Indian journal of veterinary science and animal husbandry - Volume 2,
Year: 1932
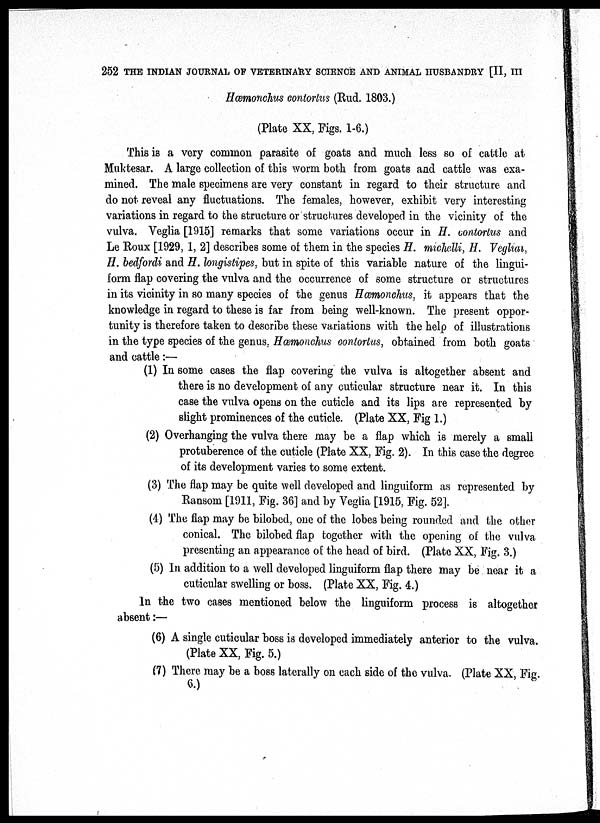
252 THE INDIAN JOURNAL OF VETERINARY SCIENCE AND ANIMAL HUSBANDRY [II, III
Hæmonchus contortus (Rud. 1803.)
(Plate XX, Figs. 1-6.)
This is a very common parasite of goats and much less so of cattle at
Muktesar. A large collection of this worm both from goats and cattle was exa-
mined. The male specimens are very constant in regard to their structure and
do not reveal any fluctuations. The females, however, exhibit very interesting
variations in regard to the structure or structures developed in the vicinity of the
vulva. Veglia [1915] remarks that some variations occur in H. contortus and
Le Roux [1929, 1, 2] describes some of them in the species H. michelli, H. Vegliai,
H. bedfordi and H. longistipes, but in spite of this variable nature of the lingui-
form flap covering the vulva and the occurrence of some structure or structures
in its vicinity in so many species of the genus Hæmonchus, it appears that the
knowledge in regard to these is far from being well-known. The present oppor-
tunity is therefore taken to describe these variations with the help of illustrations
in the type species of the genus, Hæmonchus contortus, obtained from both goats
and cattle :—
(1) In some cases the flap covering the vulva is altogether absent and
there is no development of any cuticular structure near it. In this
case the vulva opens on the cuticle and its lips are represented by
slight prominences of the cuticle. (Plate XX, Fig 1.)
(2) Overhanging the vulva there may be a flap which is merely a small
protuberence of the cuticle (Plate XX, Fig. 2). In this case the degree
of its development varies to some extent.
(3) The flap may be quite well developed and linguiform as represented by
Ransom [1911, Fig. 36] and by Veglia [1915, Fig. 52].
(4) The flap may be bilobed, one of the lobes being rounded and the other
conical. The bilobed flap together with the opening of the vulva
presenting an appearance of the head of bird. (Plate XX, Fig. 3.)
(5) In addition to a well developed linguiform flap there may be near it a
cuticular swelling or boss. (Plate XX, Fig. 4.)
In the two cases mentioned below the linguiform process is altogether
absent:—
(6) A single cuticular boss is developed immediately anterior to the vulva.
(Plate XX, Fig. 5.)
(7) There may be a boss laterally on each side of the vulva. (Plate XX, Fig.
6.)